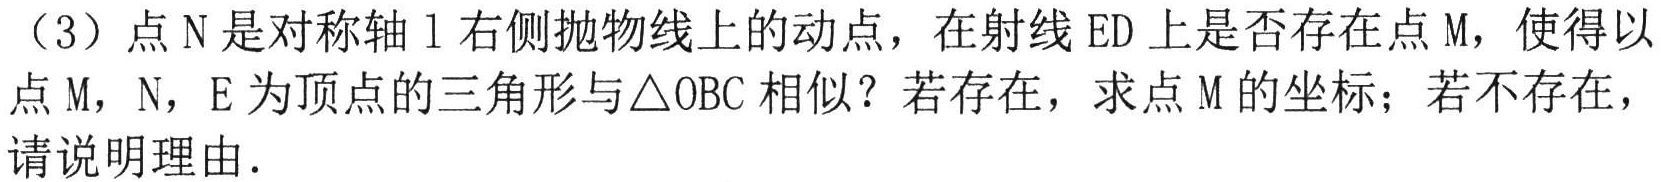
（3）点\(N\)是对称轴\(l\)右侧抛物线上的动点，在射线\(ED\)上是否存在点\(M\)，使得以点\(M\)，\(N\)，\(E\)为顶点的三角形与\(\triangle OBC\)相似？若存在，求点\(M\)的坐标；若不存在，请说明理由.